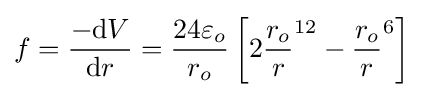
f={-\mathrm {d} V \over \mathrm {d} r}={24\varepsilon _{o} \over r_{o}}\left[{2}{r_{o} \over r}^{12}-{r_{o} \over r}^{6}\right]